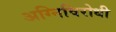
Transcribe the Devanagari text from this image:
अग्निविरोधी